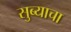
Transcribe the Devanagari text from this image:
सुब्याचा